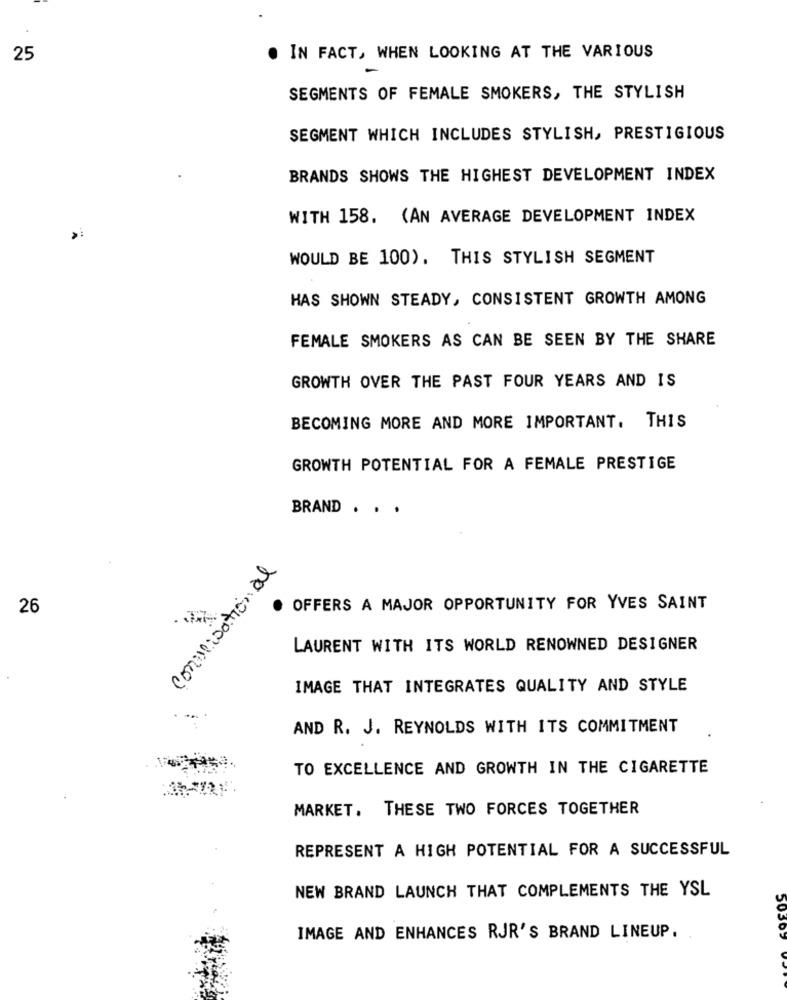
25
. IN FACT, WHEN LOOKING AT THE VARIOUS
SEGMENTS OF FEMALE SMOKERS, THE STYLISH
SEGMENT WHICH INCLUDES STYLISH, PRESTIGIOUS
BRANDS SHOWS THE HIGHEST DEVELOPMENT INDEX
WITH 158. (AN AVERAGE DEVELOPMENT INDEX
WOULD BE 100). THIS STYLISH SEGMENT
HAS SHOWN STEADY, CONSISTENT GROWTH AMONG
FEMALE SMOKERS AS CAN BE SEEN BY THE SHARE
GROWTH OVER THE PAST FOUR YEARS AND IS
BECOMING MORE AND MORE IMPORTANT. THIS
GROWTH POTENTIAL FOR A FEMALE PRESTIGE
BRAND . . .
conversation al
26
OFFERS A MAJOR OPPORTUNITY FOR YVES SAINT
LAURENT WITH ITS WORLD RENOWNED DESIGNER
IMAGE THAT INTEGRATES QUALITY AND STYLE
AND R. J. REYNOLDS WITH ITS COMMITMENT
TO EXCELLENCE AND GROWTH IN THE CIGARETTE
MARKET. THESE TWO FORCES TOGETHER
REPRESENT A HIGH POTENTIAL FOR A SUCCESSFUL
NEW BRAND LAUNCH THAT COMPLEMENTS THE YSL
IMAGE AND ENHANCES RJR'S BRAND LINEUP.
50397